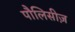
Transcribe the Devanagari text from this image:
पौलिसीज़